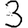
Digit: 3